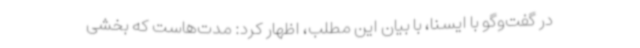
در گفت‌وگو با ایسنا، با بیان این مطلب، اظهار کرد: مدت‌هاست که بخشی